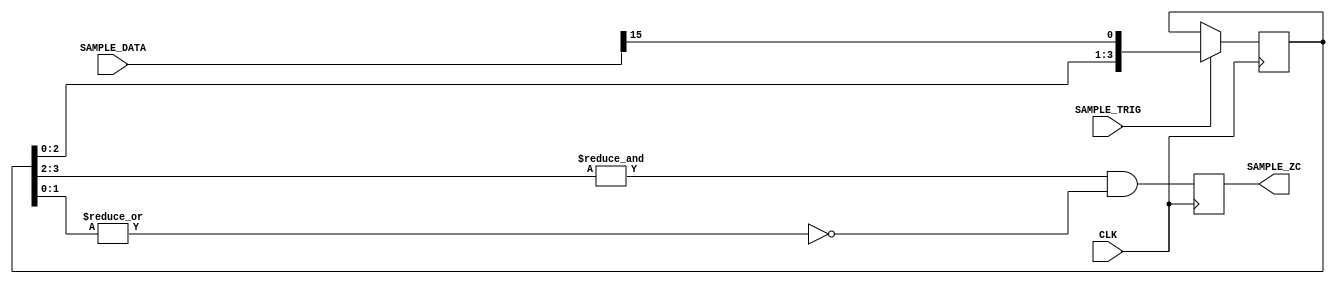
`timescale 1ns / 1ps
//////////////////////////////////////////////////////////////////////////////////
// Company: Case Western Reserve University
// 
// Project Name:   EECS301 Digital Design
// Design Name:    Lab #4 Project
// Module Name:    Digitizer_ZeroCross_Detector
// Target Devices: Altera Cyclone V
// Tool versions:  Quartus v15.0
// Description:    Digitizer Zero Cross Detector
//                 
// Dependencies:   
//
//////////////////////////////////////////////////////////////////////////////////

module Digitizer_ZeroCross_Detector
#(
	parameter DATA_WIDTH = 16
)
(
	// Sample Data Signals
	input                  SAMPLE_TRIG,
	input [DATA_WIDTH-1:0] SAMPLE_DATA,
	output reg             SAMPLE_ZC,
	
	// System Signals
	input CLK
);

	// NOTE: Assuming Two's Complement Data so only look at the sign bit
	
	reg [3:0] zc_reg;
	
	initial
	begin
		zc_reg <= 4'h0;
		SAMPLE_ZC <= 1'b0;
	end
	
	always @(posedge CLK)
	begin
		if (SAMPLE_TRIG)
			zc_reg <= { zc_reg[2:0], SAMPLE_DATA[DATA_WIDTH-1] };
	end
	
	always @(posedge CLK)
	begin
		SAMPLE_ZC <= (&zc_reg[3:2]) & (~|zc_reg[1:0]);
	end
	
endmodule